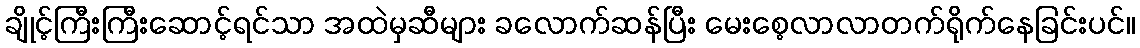
ချိုင့်ကြီးကြီးဆောင့်ရင်သာ အထဲမှဆီများ ခလောက်ဆန်ပြီး မေးစေ့လာလာတက်ရိုက်နေခြင်းပင်။